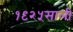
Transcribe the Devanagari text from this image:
१९२५साली